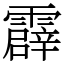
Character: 霹